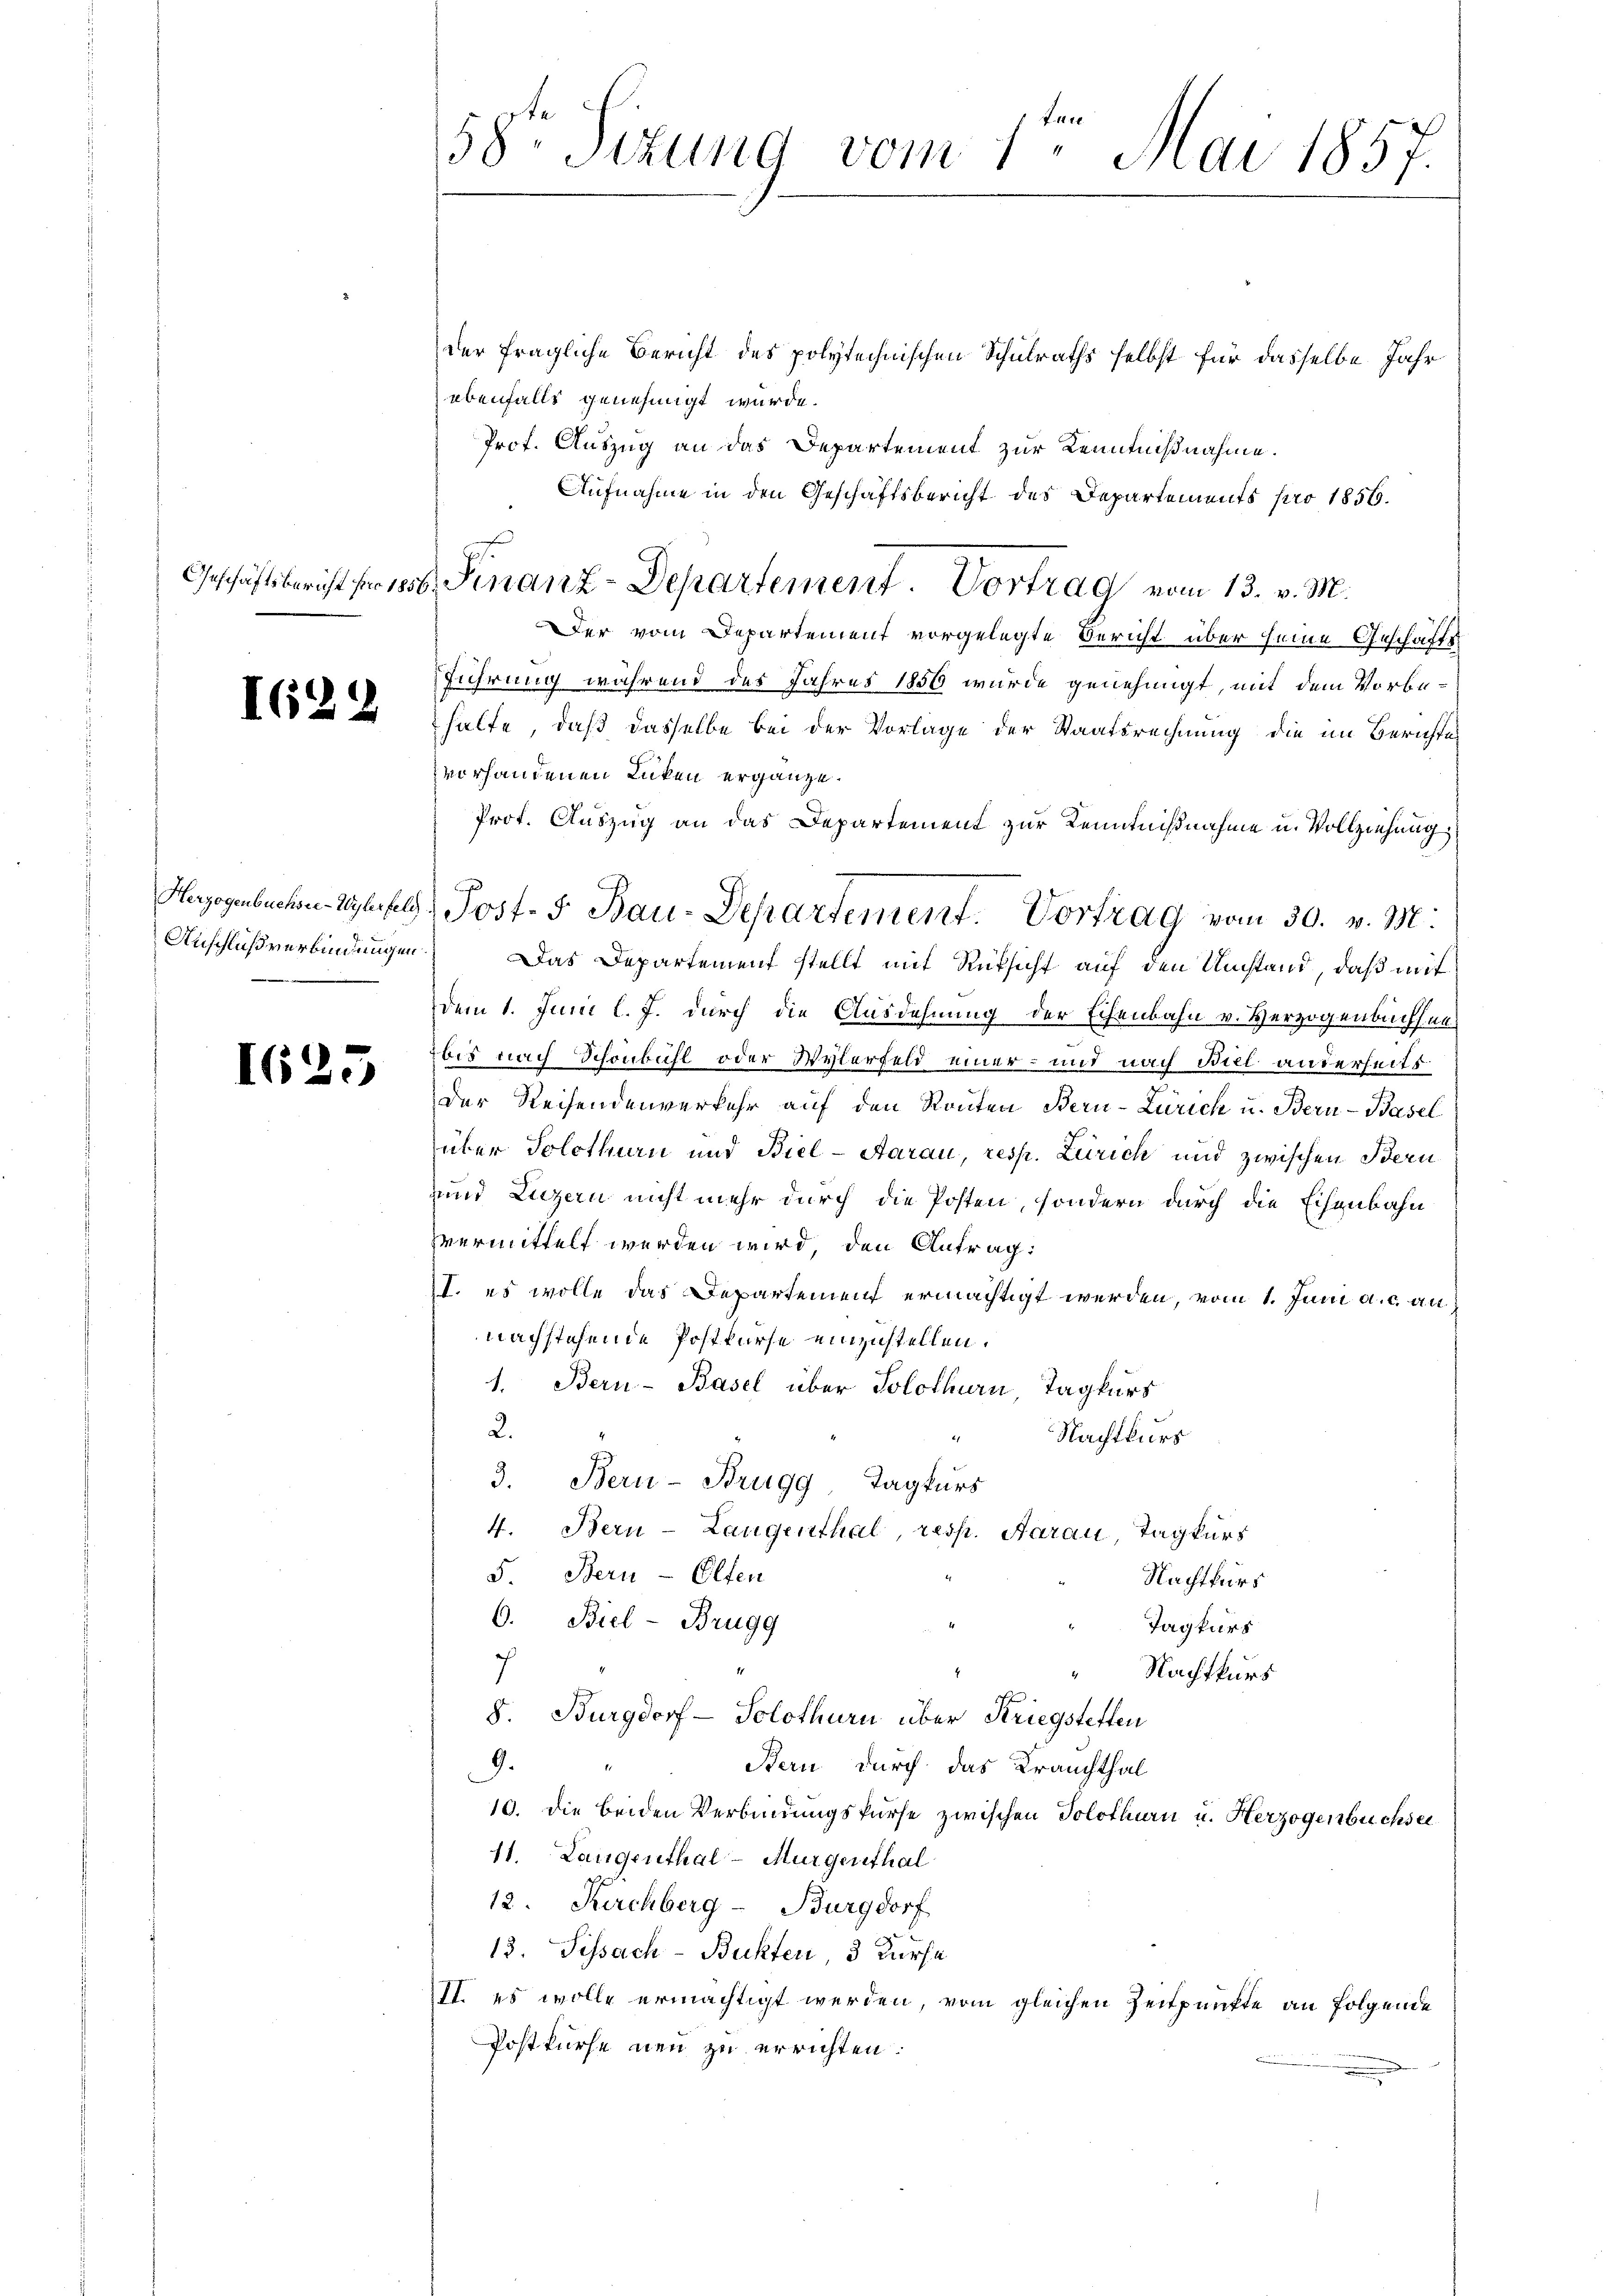
der fragliche Bericht des polytechnischen Schulraths selbst für dasselbe Jahr
ebenfalls genehmigt wurde.
Prof. Auszug an das Departement zur Kenntnißnahme.
Aufnahme in den Geschäftsbericht des Departements pro 1856.
Der vom Departement vorgelegte Bericht über seine Geschäftsführung während des Jahres 1850 wurde genehmigt, mit dem Vorbehalte, daß dasselbe bei der Vorlage der Staatsrechnung die im Berichtes
vorhandenen Lücken ergänze.
Prot. Auszug an das Departement zur Kenntnißnahme u. Vollziehung
Anschlußverbindungen Das Departement stellt mit Rüksicht auf den Umstand, daß mit
dem 1. Juni l. J. durch die Ausdehnung der Eisenbahn v. Herzogenbachsenbis nach Schönbühl oder Wylerfeld einer- und nach Biel anderseits
Der Reisendenverkehr auf den Ronten Bern-Zürich u. Bern-Basel
über Solothurn und Biel-Aarau, resp. Zürich und zwischen Bern
uund Luzern nicht mehr durch die Posten, sondern durch die Eisenbahn
vermittelt werden wird, den Antrag:
II. es wolle das Departement ermächtigt werden, vom 1. Juni a.c. au
nachstehende Postkurse einzustellen.
1. Bern-Basel über Solothurn, Tagkurs
2.
Nachtkurs
.
3. Bern- Brugg, Tagkurs
4. Bern-Laugenthal, resp. Aarau, Tagkurs
5. Bern - Elfen
Nachtkurs
6. Biel - Brugg
Tagkars
Nachtkurs
7
8. Burgdorf - Solothurn über Kriegsteffen
9.
Bern durch das Krauchthal
10. die beiden Verbindungskurse zwischen Solothurn u. Herzogenbüchsei
11. Langenthal-Murgenthal
12. Kirchberg-Burgdorf
13. Sissach-Buckten, 3 Kurse
II. es wolle ermächtigt werden, vom gleichen Zeitpunkte an folgende
Postkurse neu zu errichten.

I622

I625

58ten Sizung vom 1ten Mai 1857.

Geschäftsbericht pro 16. Finanz-Departement. Vortrag vom 13. v. M.

Hezogenbuchen Weberfel Post- 5. Bau-Departement. Vortrag vom 30. v. M.